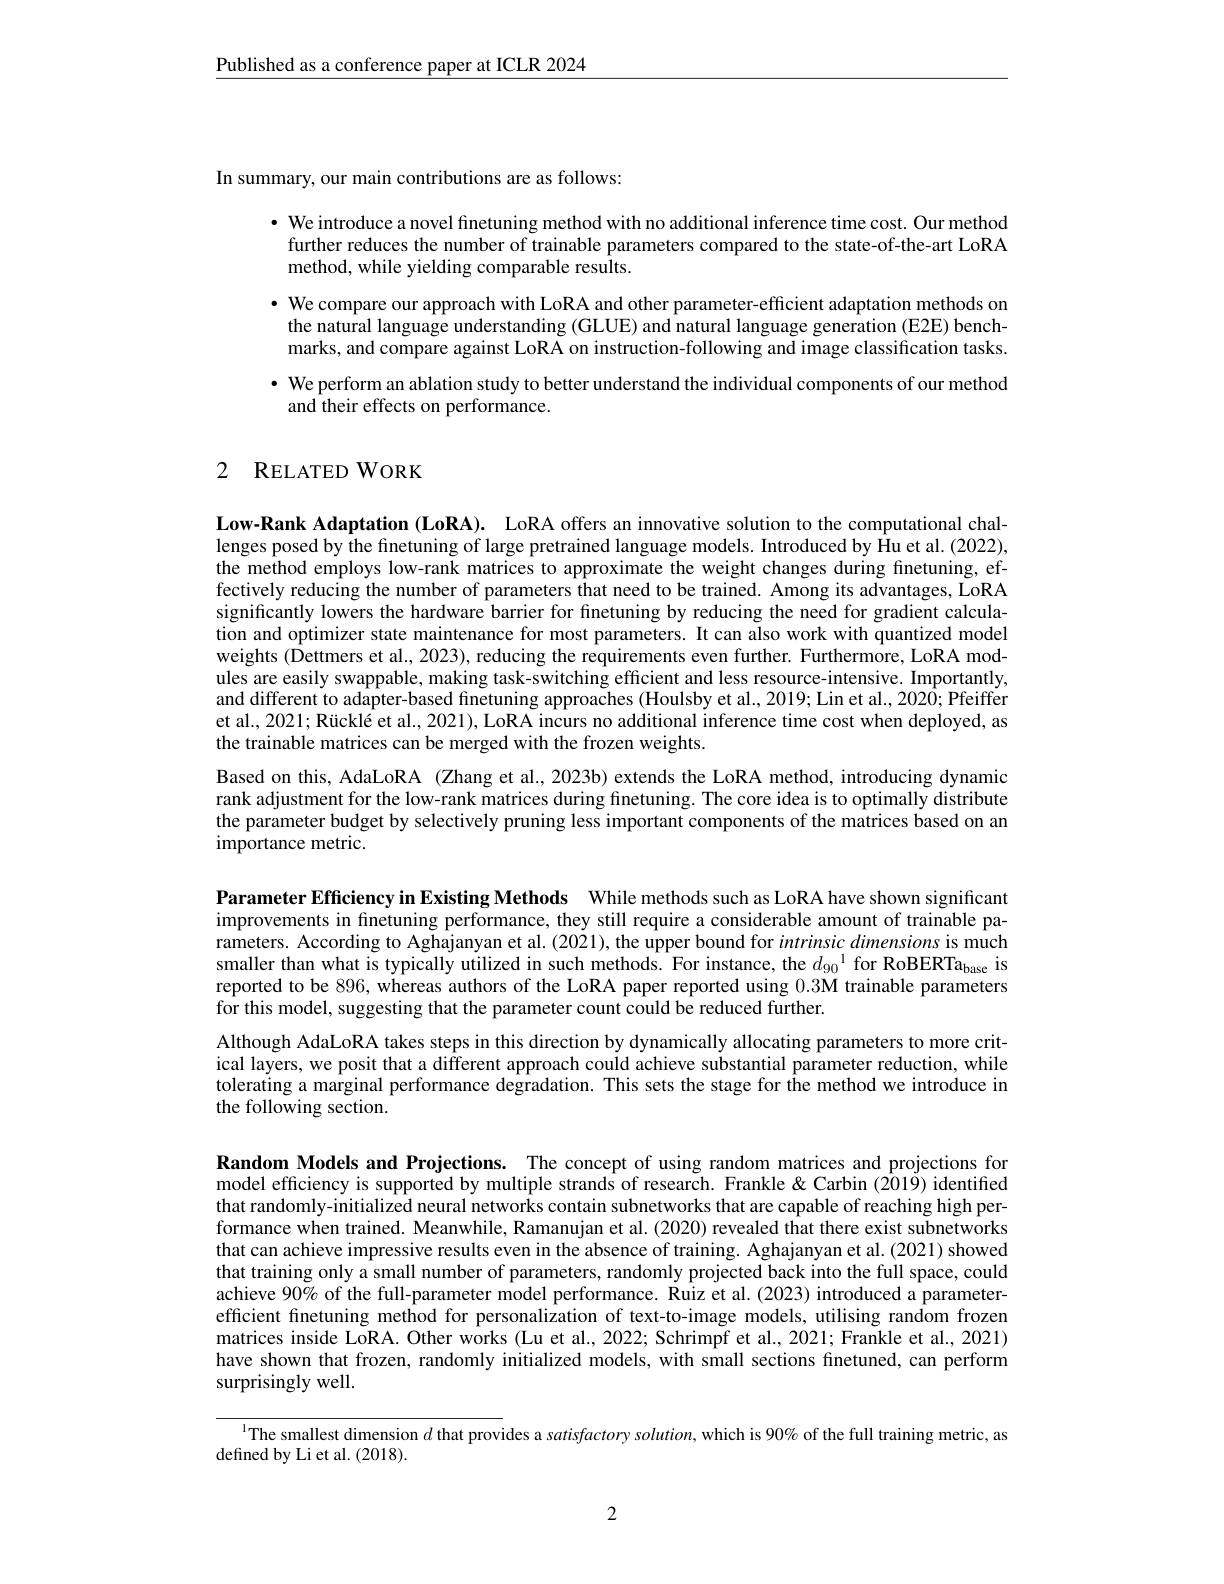
$\underline{\text{Published as a conference paper at ICLR 2024}}$

In summary, our main contributions are as follows:

· We introduce a novel finetuning method with no additional inference time cost. Our method further reduces the number of trainable parameters compared to the state-of-the-art LoRA method, while yielding comparable results.
$\cdot$ We compare our approach with LoRA and other parameter-efficient adaptation methods on the natural language understanding (GLUE) and natural language generation (E2E) benchmarks, and compare against LoRA on instruction-following and image classification tasks.
· We perform an ablation study to better understand the individual components of our method
and their effects on performance.

## 2 RELATED WORK

Low-Rank Adaptation (LoRA). LoRA offers an innovative solution to the computational challenges posed by the finetuning of large pretrained language models. Introduced by $\hat{\text{Hu et al.(2022),}}$ the method employs low-rank matrices to approximate the weight changes during finetuning, effectively reducing the number of parameters that need to be trained. Among its advantages, LoRA significantly lowers the hardware barrier for finetuning by reducing the need for gradient calculation and optimizer state maintenance for most parameters. It can also work with quantized model weights (Dettmers et al., 2023), reducing the requirements even further. Furthermore, LoRA modules are easily swappable, making task-switching efficient and less resource-intensive. Importantly, and different to adapter-based finetuning approaches (Houlsby et al., 2019; Lin et al., 2020; Pfeiffer et al., 2021; Rücklé et al., 2021), LoRA incurs no additional inference time cost when deployed, as the trainable matrices can be merged with the frozen weights.
Based on this, AdaLoRA (Zhang et al., 2023b) extends the LoRA method, introducing dynamic rank adjustment for the low-rank matrices during fnetuning. The core idea is to optimally distribute the parameter budget by selectively pruning less important components of the matrices based on an importance metric.

Parameter Efficiency in Existing Methods While methods such as LoRA have shown significant improvements in finetuning performance, they still require a considerable amount of trainable parameters. According to Aghajanyan et al. (2021), the upper bound for intrinsic dimensions is much smaller than what is typically utilized in such methods. For instance, the $d_{90}^{1}$ for RoBERTa$_{\mathrm{base}}$ is reported to be 896, whereas authors of the LoRA paper reported using 0.3M trainable parameters for this model, suggesting that the parameter count could be reduced further.

Although AdaLoRA takes steps in this direction by dynamically allocating parameters to more critical layers, we posit that a different approach could achieve substantial parameter reduction, while tolerating a marginal performance degradation. This sets the stage for the method we introduce in the following section.

Random Models and Projections. The concept of using random matrices and projections for model efficiency is supported by multiple strands of research. Frankle&Carbin (2019) identified that randomly-initialized neural networks contain subnetworks that are capable of reaching high performance when trained. Meanwhile, Ramanujan et al. (2020) revealed that there exist subnetworks that can achieve impressive results even in the absence of training. Aghajanyan et al. (2021) showed that training only a small number of parameters, randomly projected back into the full space, could achieve 90% of the full-parameter model performance. Ruiz et al.(2023) introduced a parameterefficient finetuning method for personalization of text-to-image models, utilising random frozen matrices inside LoRA. Other works (Lu et al., 2022; Schrimpf et al., 2021; Frankle et al., 2021) have shown that frozen, randomly initialized models, with small sections finetuned, can perform surprisingly well.

$^{\text{l}}$The smallest dimension $d$ that provides a satisfactory solution, which is 90% of the full training metric, as
defined by Li et al. (2018).

2